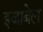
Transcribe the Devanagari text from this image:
इजाबेल